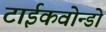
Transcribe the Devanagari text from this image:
टाईकवोन्डो